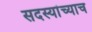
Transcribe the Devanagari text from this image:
सदस्यांच्याच